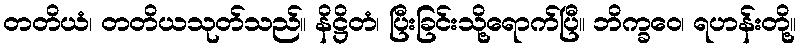
တတိယံ၊ တတိယသုတ်သည်။ နိဋ္ဌိတံ၊ ပြီးခြင်းသို့ရောက်ပြီ။ ဘိက္ခဝေ၊ ရဟန်းတို့။